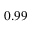
_ { 0 . 9 9 }